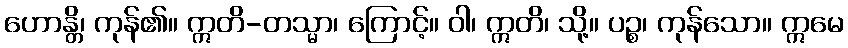
ဟောန္တိ၊ ကုန်၏။ ဣတိ-တသ္မာ၊ ကြောင့်။ ဝါ၊ ဣတိ၊ သို့။ ပဉ္စ၊ ကုန်သော။ ဣမေ